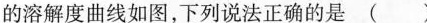
的溶解度曲线如图，下列说法正确的是( )